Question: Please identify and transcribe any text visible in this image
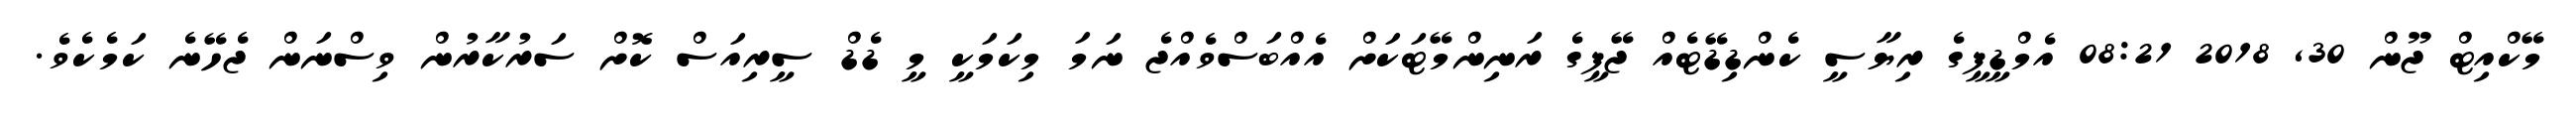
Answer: މޭކްއިޓް ޖޫން 30, 2018 08:21 އެމްޑީޕީގެ ރިޔާސީ ކެންޑިޑޭޓެއް ޖޭޕީގެ ރަނިންމޭޓަކަށް އެއްބަސްވެއްޖެ ނަމަ މިކަމަކީ މީ ޑެޑް ސީރިއަސް ކޮށް ސަރުކާރުން ވިސްނަން ޖެހޭނެ ކަމެކެވެ.